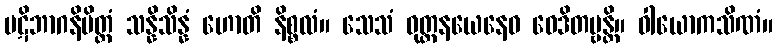
ပဋိဘာဂနိမိတ္တံ သန္နိသိန္နံ ဟောတိ နိစ္စလံ။ သေသံ ဝုတ္တနယေနေဝ ဝေဒိတဗ္ဗန္တိ။ ဝါယောကသိဏံ။